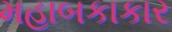
મહાબકાકાર